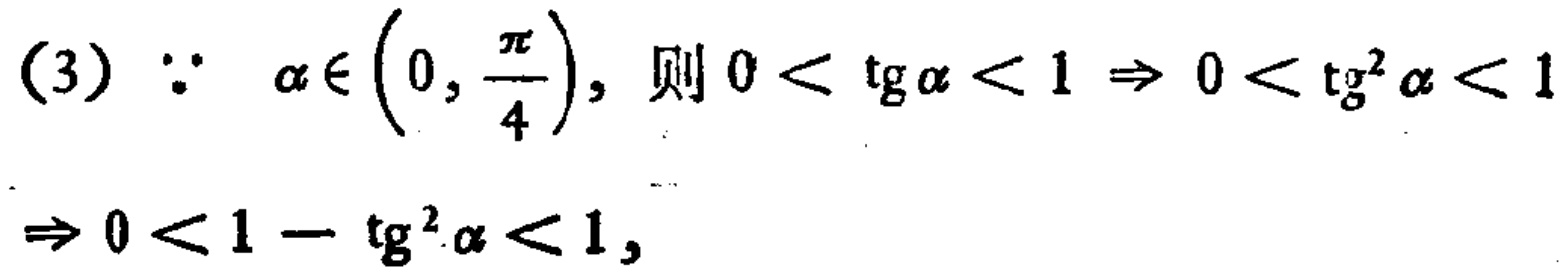
(3) $\because \alpha \in \left(0, \frac{\pi}{4}\right)$, 则 $0 < \operatorname{tg} \alpha < 1 \Rightarrow 0 < \operatorname{tg}^{2} \alpha < 1$

$\Rightarrow 0 < 1 - \operatorname{tg}^{2} \alpha < 1$,